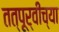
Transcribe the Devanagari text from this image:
तत्पूर्वीच्या